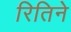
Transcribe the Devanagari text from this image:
रितिने